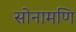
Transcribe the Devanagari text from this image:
सोनामणि